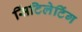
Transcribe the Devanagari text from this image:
सिंटिलेटिंग